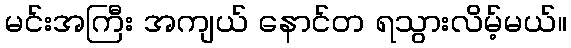
မင်းအကြီး အကျယ် နောင်တ ရသွားလိမ့်မယ်။